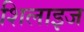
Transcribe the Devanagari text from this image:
शिलाइज